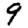
Digit: 9